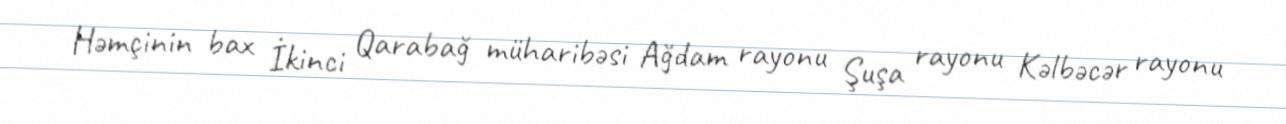
Həmçinin bax İkinci Qarabağ müharibəsi Ağdam rayonu Şuşa rayonu Kəlbəcər rayonu